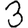
Digit: 3